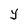
Character: Y